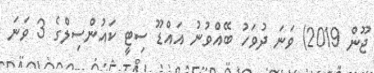
ޖޫން 2019) ވަނަ ދުވަހު ބޭއްވުނު އައްޑޫ ސިޓީ ކައުންސިލްގެ 3 ވަނަ